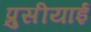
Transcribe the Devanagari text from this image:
प्रुसीयाई